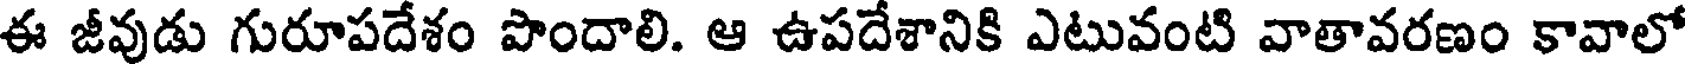
ఈ జీవుడు గురూపదేశం పొందాలి. ఆ ఉపదేశానికి ఎటువంటి వాతావరణం కావాలో